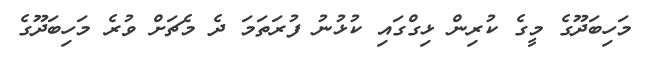
މަހިބަދޫގެ މީގެ ކުރިން ޅިގްގައި ކުޅުނު ފުރަތަމަ ދެ މެޗަށް ވުރެ މަހިބަދޫގެ